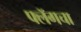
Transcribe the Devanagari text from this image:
फ्लॅगचा